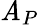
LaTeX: \mathit{A}_{P}